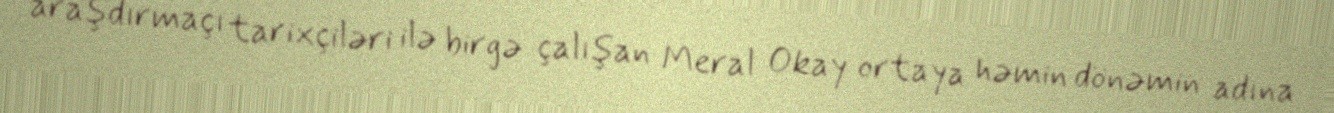
araşdırmaçı tarixçiləri ilə birgə çalışan Meral Okay ortaya həmin dönəmin adına